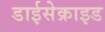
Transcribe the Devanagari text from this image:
डाईसेक्राइड